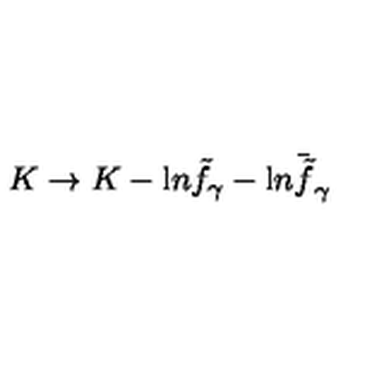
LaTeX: K \rightarrow K - { \mathrm { l } n } { \tilde { f } } _ { \gamma } - { \mathrm { l } n } { \bar { \tilde { f } } _ { \gamma } }